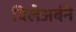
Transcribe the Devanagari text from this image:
विलेअर्बने